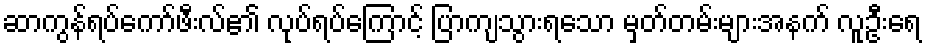
ဆာကွန်ရပ်ကော်ဖီးလ်၏ လုပ်ရပ်ကြောင့် ပြာကျသွားရသော မှတ်တမ်းများအနက် လူဦးရေ